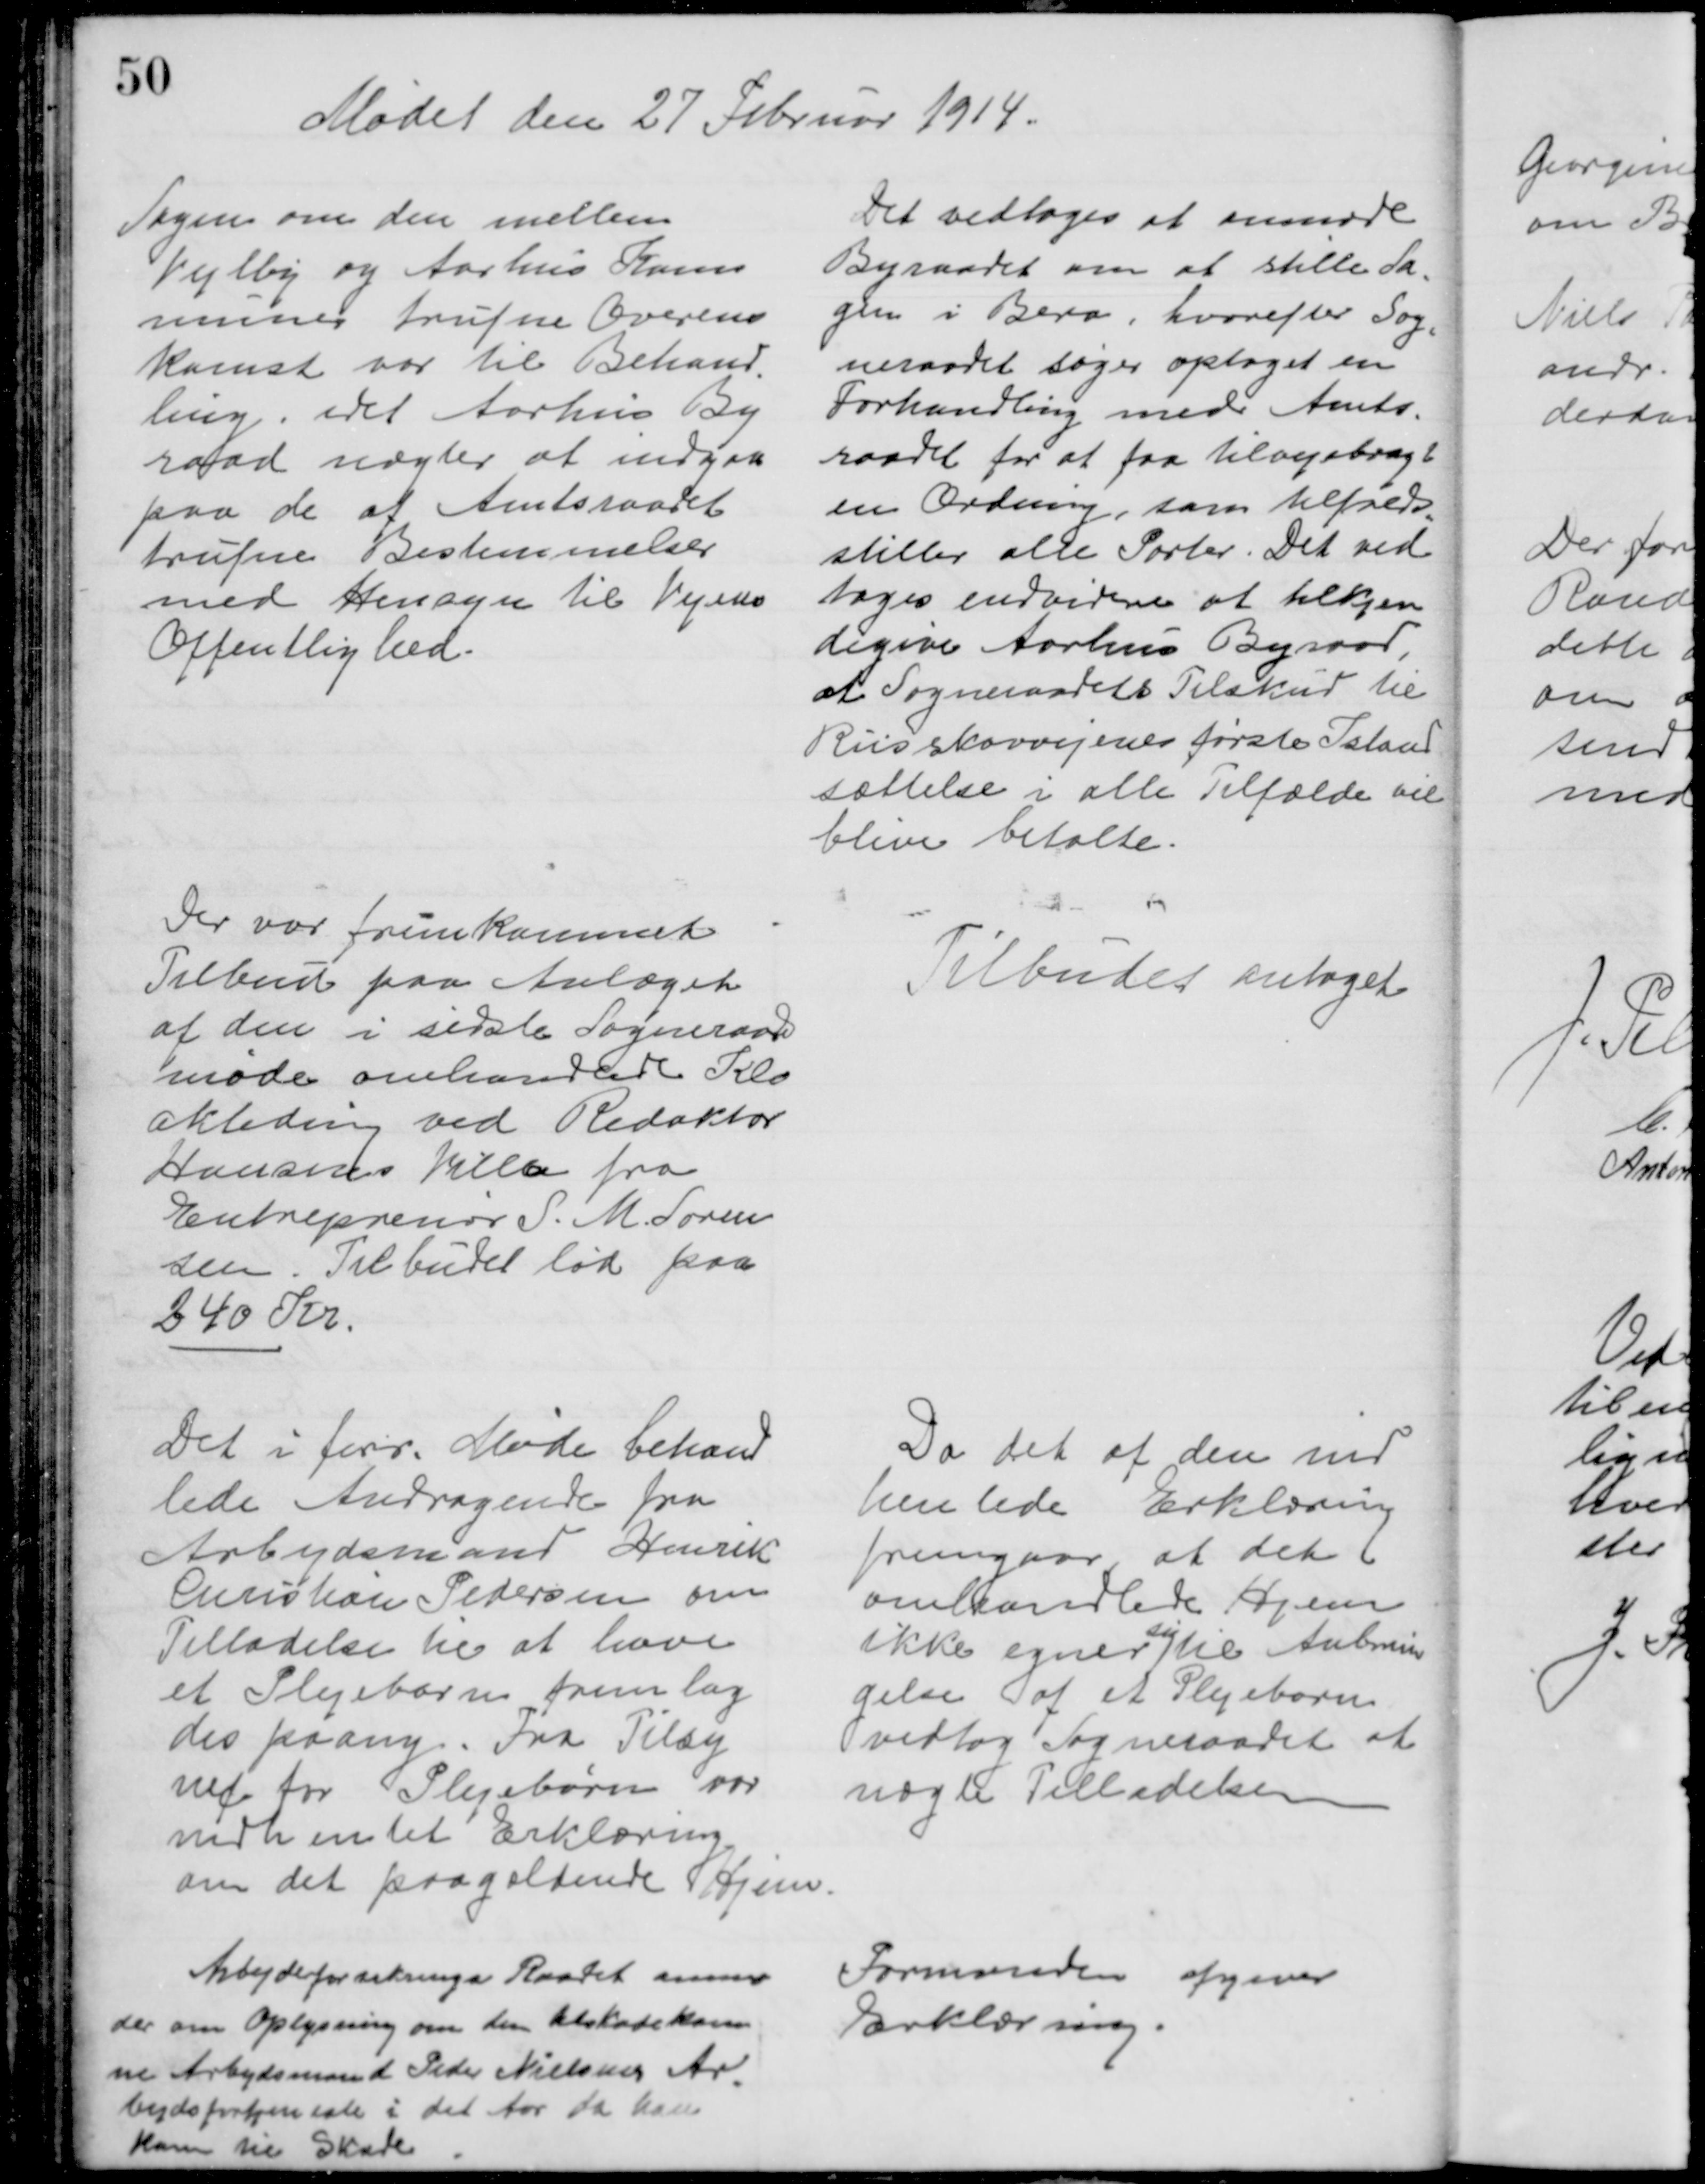
Transskription:
Mødet den 27 Februar 1914.
Sagen om den mellem
Vejlby og Aarhus Kom
muner trufne Overens
komst var til Behand
-
ling, idet Aarhus By
raad nægter at indgaa
paa de af Amtsraadet
trufne Bestemmelser
med Hensyn til Vejens
Offentlighed.
Det vedtoges at anmode
Byraadet om at stille Sa-
gen i Bero, hvorefter Sog=
neraadet søger optaget en
Forhandling med Amts-
raadet for at faa tilvejebragt
en Ordning, som tilfreds
=
stiller alle Parter. Det ved 
toges endvidere at tilkjen
degive Aarhus Byraad,
at Sogneraadets Tilskud til
Riisskovvejenes første Istand
sættelse i alle Tilfælde vil
blive betalte.
Der var fremkommet
Tilbud paa Anlæget
af den i sidste Sogneraads
møde omhandlede Klo
akledning ved Redaktør
Hansens Villa fra
Entreprenør S. M. Søren
sen. Tilbudet lød paa
240 Kr.
Tilbudet antaget
Det i forr. Møde behand
lede Andragende fra
Arbejdsmand Henrik
Christian Pedersen om
Tilladelse til at have
et Plejebarn fremlag
des paany. Fra Tilsy
net for Plejebørn var
indhentet Erklæring
om det paagældende Hjem.
Da det af den ind
hentede Erklæring
fremgaar at det
omhandlede Hjem
ikke egner 
sig
til Anbrin
gelse af et Plejebarn
vedtog Sogneraadet at
nægte Tilladelsen
Arbejdsforsikrings Raadet anmo
der om Oplysning om den tilstadekom
ne Arbejdsmand Peder Nielsens Ar
=
bejdsfortjeneste i det Aar da han
kom til Skade
Formanden afgiver
Erklæring.